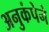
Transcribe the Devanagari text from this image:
अनुकंपेने